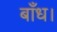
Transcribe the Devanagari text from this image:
बाँध।